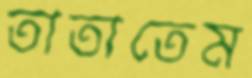
তাতাতেম